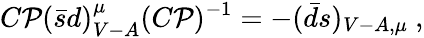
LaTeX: C\mathcal{P}(\bar{{s}}d)_{V-A}^{\mu}(C\mathcal{P})^{-1}=-(\bar{{d}}s)_{V-A,\mu}~,